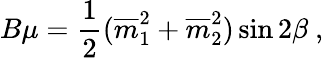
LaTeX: B\mu={\frac{1}{2}}({\overline{{m}}}_{1}^{2}+{\overline{{m}}}_{2}^{2})\sin 2\beta\ ,